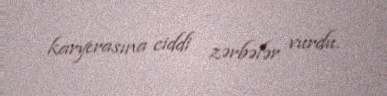
karyerasına ciddi zərbələr vurdu.